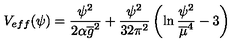
V _ { e f f } ( \psi ) = \frac { \psi ^ { 2 } } { 2 \alpha { \overline { g } } ^ { 2 } } + \frac { \psi ^ { 2 } } { 3 2 \pi ^ { 2 } } \left( \ln \frac { \psi ^ { 2 } } { { \overline { \mu } } ^ { 4 } } - 3 \right)